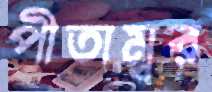
পীতাম্বর